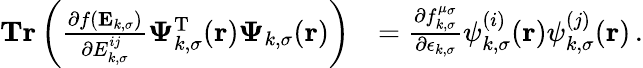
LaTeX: \begin{array}{rl}{\textbf{Tr}\left(\frac{\partial f(\mathbf{E}_{k,\sigma})}{\partial{E}_{k,\sigma}^{ij}}\boldsymbol{\Psi}_{k,\sigma}^{\mathrm{T}}(\boldsymbol{\textbf{r}})\boldsymbol{\Psi}_{k,\sigma}(\boldsymbol{\textbf{r}})\right)}&{=\frac{\partial f_{k,\sigma}^{\mu_{\sigma}}}{\partial\epsilon_{k,\sigma}}\psi_{k,\sigma}^{(i)}(\boldsymbol{\textbf{r}})\psi_{k,\sigma}^{(j)}(\boldsymbol{\textbf{r}})\, .}\end{array}